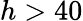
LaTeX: h>40